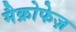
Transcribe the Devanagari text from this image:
मैक्रोफेज़